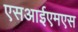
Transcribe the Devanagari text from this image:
एसआईएमएस